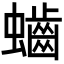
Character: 𪘅